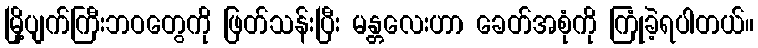
မြို့ပျက်ကြီးဘဝတွေကို ဖြတ်သန်းပြီး မန္တလေးဟာ ခေတ်အစုံကို ကြုံခဲ့ရပါတယ်။